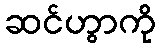
ဆင်ဟွာကို